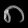
Digit: ၈